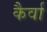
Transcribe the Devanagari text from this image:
कैर्वा